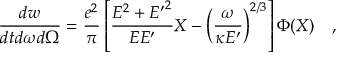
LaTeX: \frac { d w } { d t d \omega d \Omega } = \frac { e ^ { 2 } } { \pi } \left[ \frac { E ^ { 2 } + { E ^ { \prime } } ^ { 2 } } { E E ^ { \prime } } X - \left( \frac { \omega } { \kappa E ^ { \prime } } \right) ^ { 2 / 3 } \right] \Phi ( X ) \quad ,